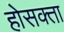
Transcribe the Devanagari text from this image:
होसक्ता